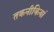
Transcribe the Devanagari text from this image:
तकनीकियां